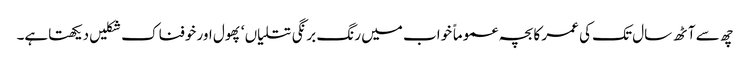
چھ سے آٹھ سال تک کی عمر کا بچہ عموماً خواب میں رنگ برنگی تتلیاں ‘ پھول اور خوفناک شکلیں دیکھتاہے۔